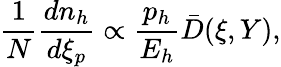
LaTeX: \frac{1}{N}\frac{dn_{h}}{d\xi_{p}}\propto\frac{p_{h}}{E_{h}}\bar{D}(\xi,Y),